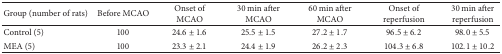
| Group (number of rats) | Before MCAO | Onset of MCAO | 30 min after MCAO | 60 min after MCAO | Onset of reperfusion | 30 min after reperfusion |
 | --- | --- | --- | --- | --- | --- | --- |
 | Control (5) | 100 | 24.6 ± 1.6 | 25.5 ± 1.5 | 27.2 ± 1.7 | 96.5 ± 6.2 | 98.0 ± 5.5 |
 | MEA (5) | 100 | 23.3 ± 2.1 | 24.4 ± 1.9 | 26.2 ± 2.3 | 104.3 ± 6.8 | 102.1 ± 10.2 |